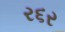
ર૬ર